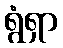
ရွံရှာ